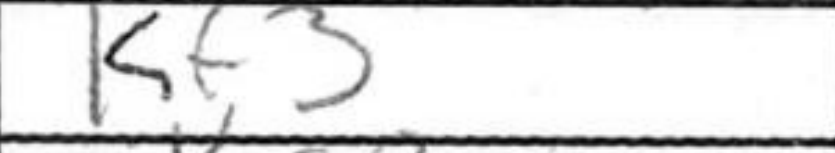
Transcription: Kf3